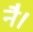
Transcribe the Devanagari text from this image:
नै।